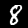
Digit: 8